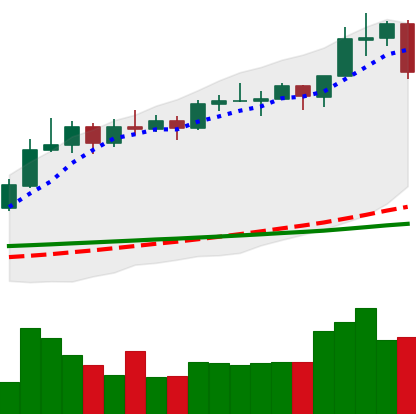
Ticker: ADA-USD
Chart end date: 2020-02-15
Forward return: -8.774%
Label: down_7plus